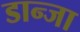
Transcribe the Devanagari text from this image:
डान्जा